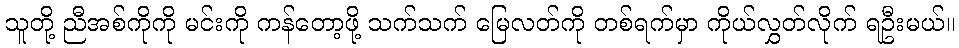
သူတို့ ညီအစ်ကိုကို မင်းကို ကန်တော့ဖို့ သက်သက် မြေလတ်ကို တစ်ရက်မှာ ကိုယ်လွှတ်လိုက် ရဦးမယ်။